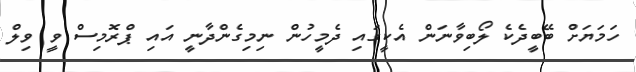
ހަމަޔަށް ބޭބީދެކެ ލޯބިވާނަން އެކީގައި ދެމީހުން ނިމިގެންދާނީ އައި ޕްރޮމިސް ވީ ވިލް